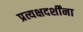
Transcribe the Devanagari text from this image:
प्रत्यक्षदर्शींना